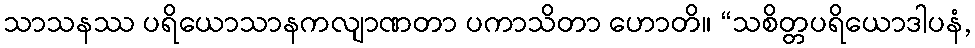
သာသနဿ ပရိယောသာနကလျာဏတာ ပကာသိတာ ဟောတိ။ “သစိတ္တပရိယောဒါပနံ,